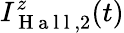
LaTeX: I_{\mathrm{~H~a~l~l~},2}^{z}(t)